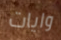
وايات